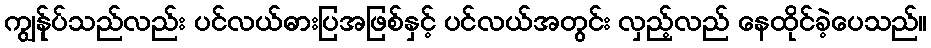
ကျွန်ုပ်သည်လည်း ပင်လယ်ဓားပြအဖြစ်နှင့် ပင်လယ်အတွင်း လှည့်လည် နေထိုင်ခဲ့ပေသည်။